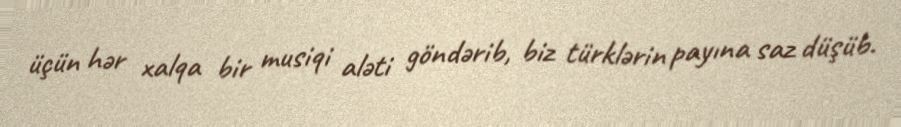
üçün hər xalqa bir musiqi aləti göndərib, biz türklərin payına saz düşüb.